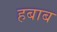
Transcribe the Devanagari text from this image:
हबाब